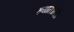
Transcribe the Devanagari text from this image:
हयातीतही